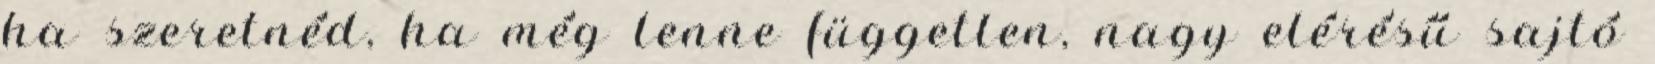
ha szeretnéd, ha még lenne független, nagy elérésű sajtó